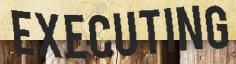
EXECUTING